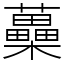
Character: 蘽